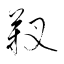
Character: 靫